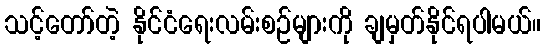
သင့်တော်တဲ့ နိုင်ငံရေးလမ်းစဉ်များကို ချမှတ်နိုင်ရပါမယ်။